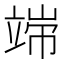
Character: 𱷩